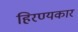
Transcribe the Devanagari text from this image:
हिरण्यकार